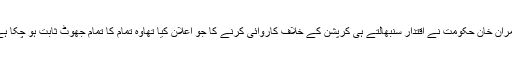
عمران خان حکومت نے اقتدار سنبھالتے ہی کرپشن کے خلاف کاروائی کرنے کا جو اعلان کیا تھاوہ تمام کا تمام جھوٹ ثابت ہو چکا ہے۔